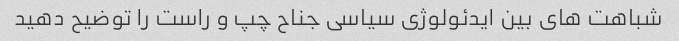
شباهت های بین ایدئولوژی سیاسی جناح چپ و راست را توضیح دهید